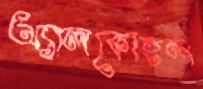
অ্যালকোহল